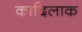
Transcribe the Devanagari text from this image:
कादिलाक